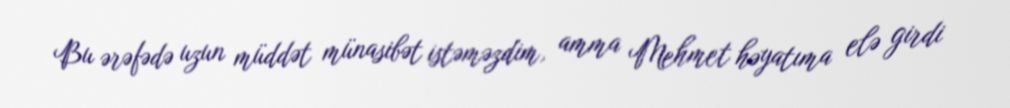
Bu ərəfədə uzun müddət münasibət istəməzdim, amma Mehmet həyatıma elə girdi